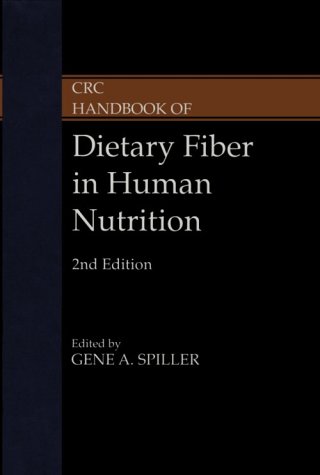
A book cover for CRC Handbook of Dietary Fiber in Human Nutrition, Third Edition; Gene A. Spiller; Health, Fitness & Dieting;